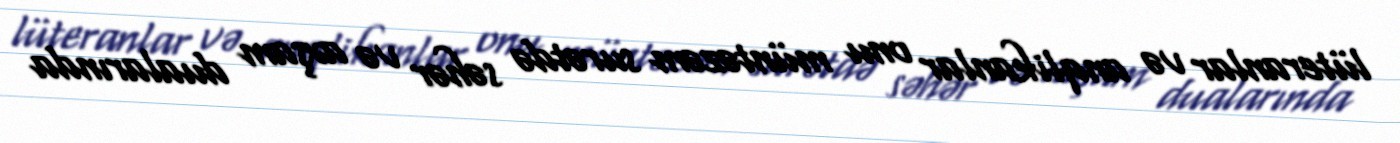
lüteranlar və anqlikanlar onu müntəzəm surətdə səhər və axşam dualarında